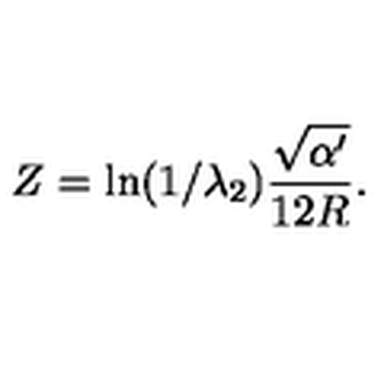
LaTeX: Z = \ln ( 1 / { \lambda _ { 2 } } ) { \frac { \sqrt { \alpha ^ { \prime } } } { 1 2 R } } .